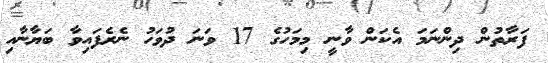
ފަރާތުން ދިންނަމަ އެކަން ވާނީ މިމަހުގެ 17 ވަނަ ދުވަހު ނެރެފައިވާ ބަޔާނާއި